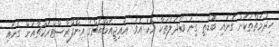
ހިދުމަތްތަކަށް ގެނައި ބޮޑެތި ގިނަ ބަދަލުތަކާ އެކު އެވެ. އައިޖީއެމްއެޗްގެ އިންފްރާސްޓްރަކްޗާއަށް ގެނައި